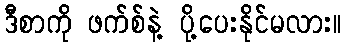
ဒီစာကို ဖက်စ်နဲ့ ပို့ပေးနိုင်မလား။